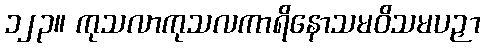
၁၂၃။ ကုသလာကုသလကာရိနောသမဝိသမပဉှာ